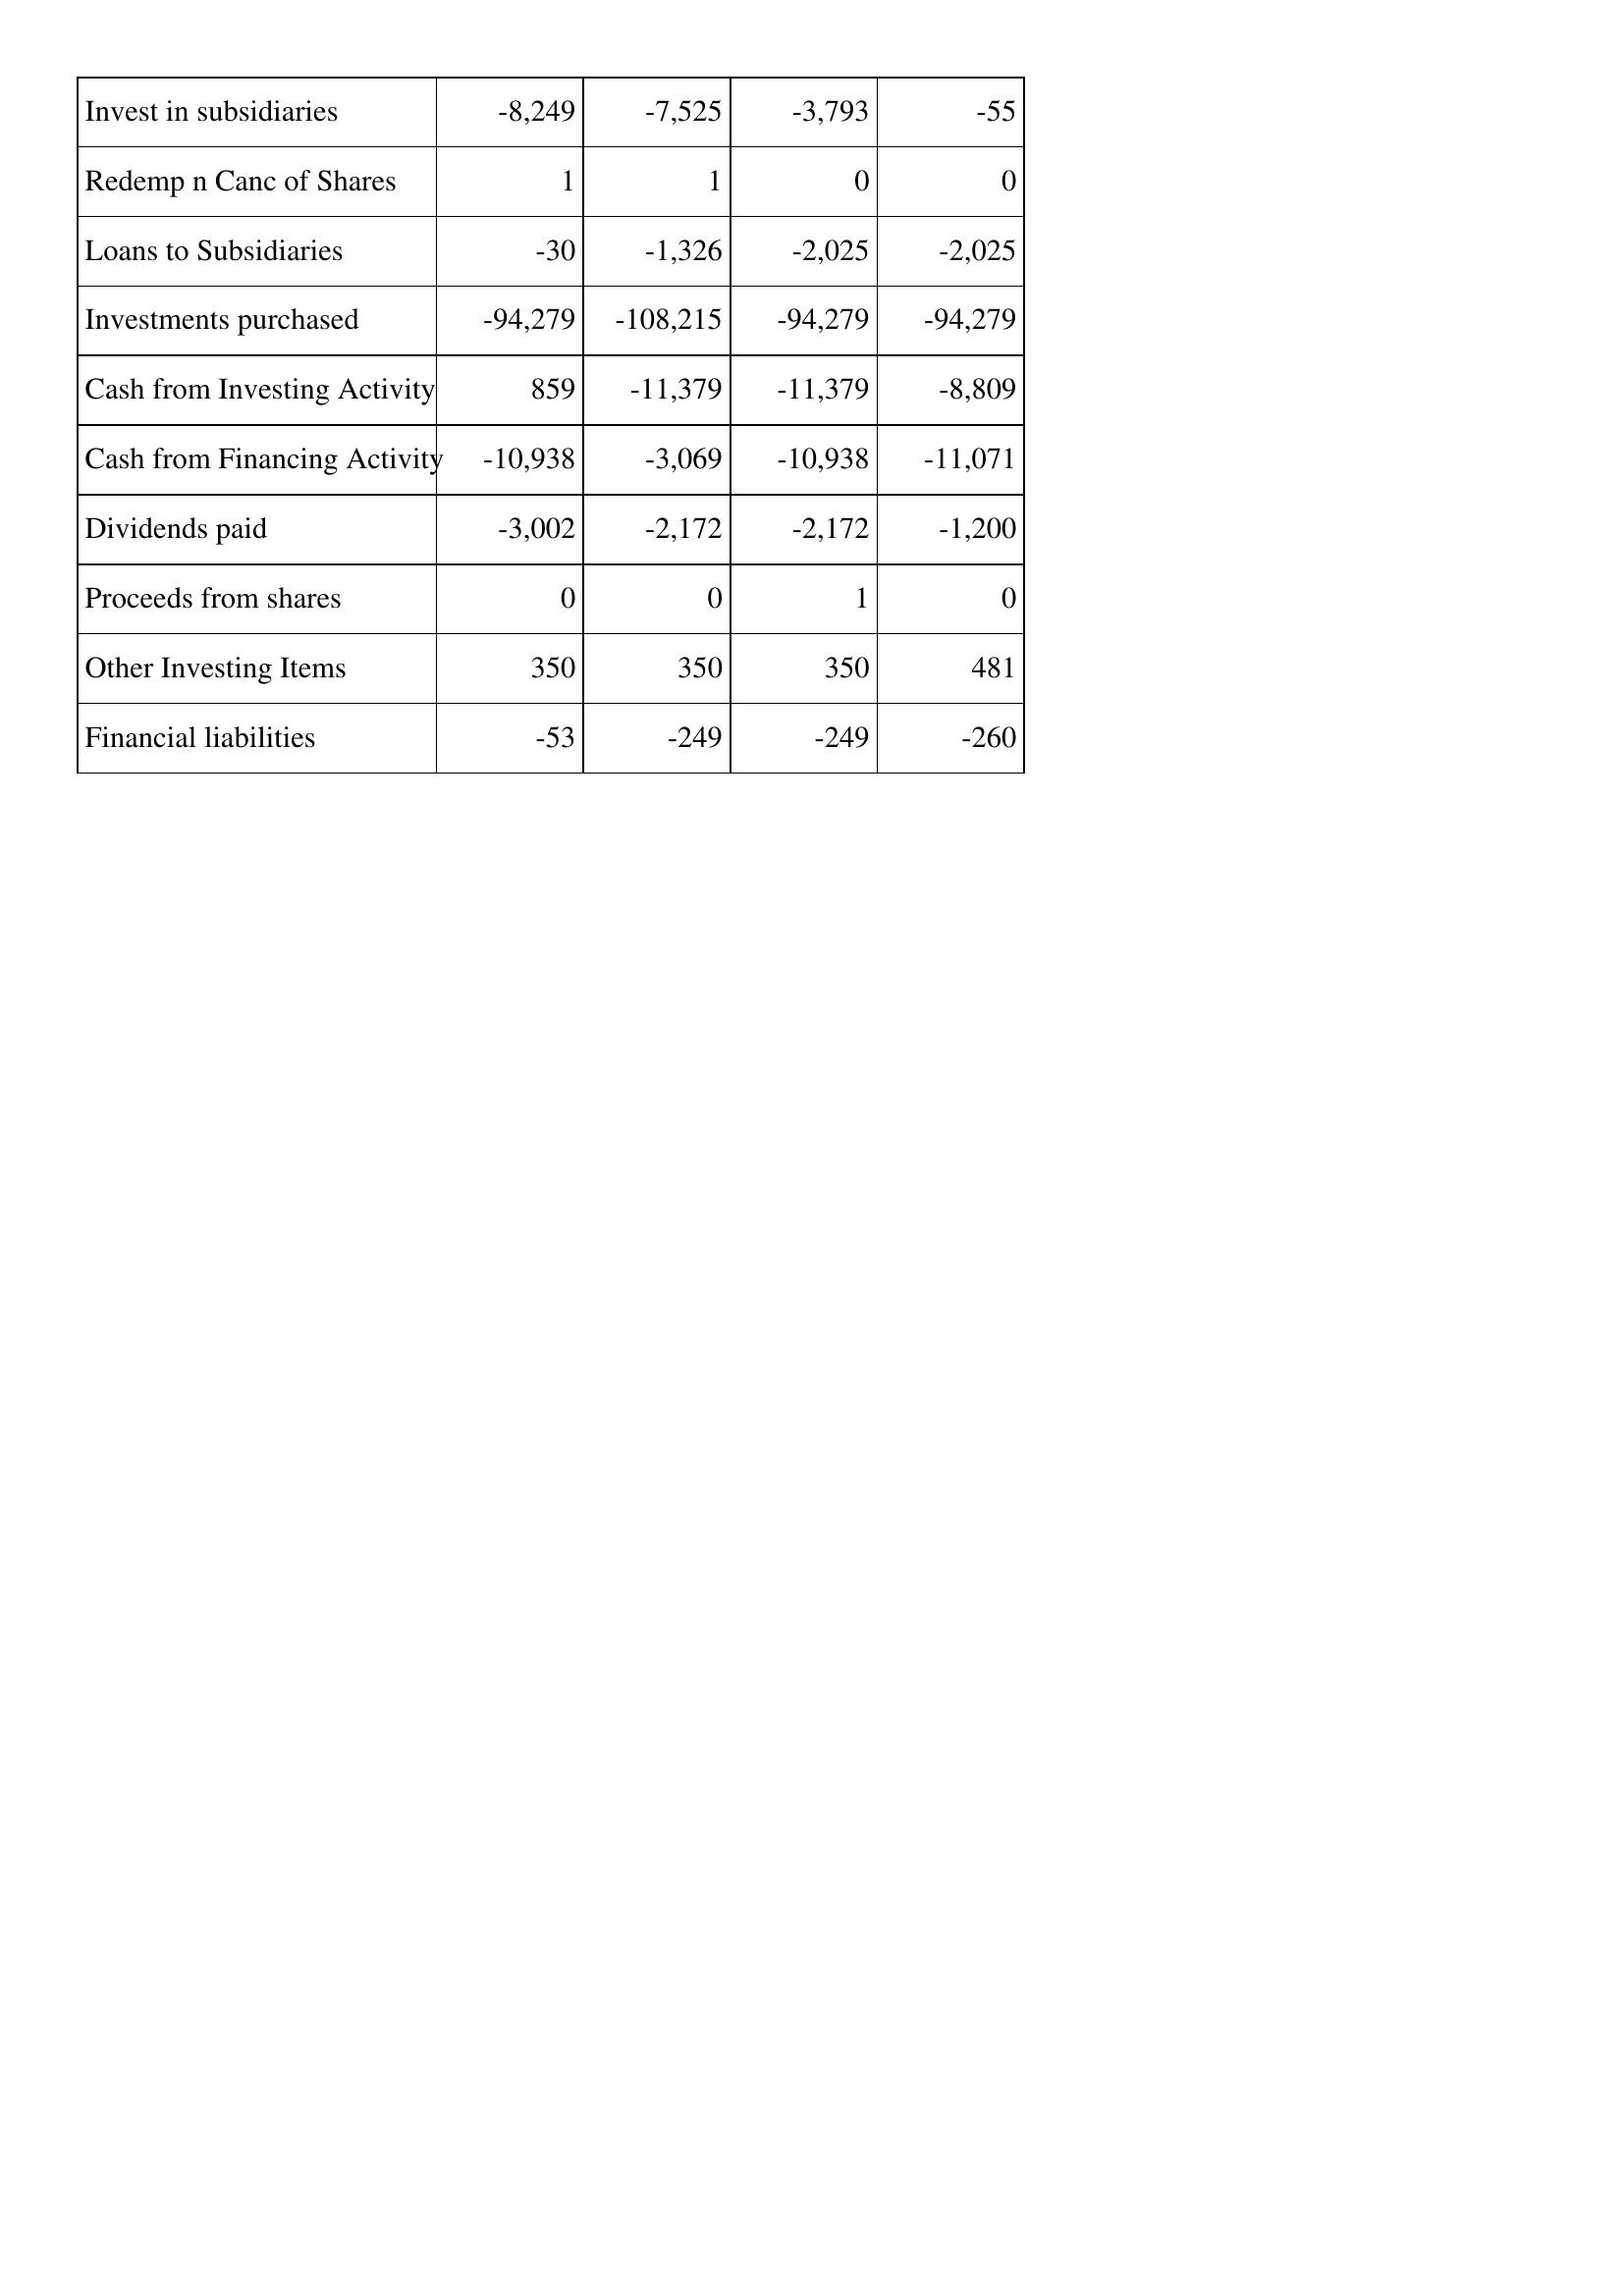
Apr-11: Cash Flows: Invest in subsidiaries: -8,249
Redemp n Canc of Shares: 1
Loans to Subsidiaries: -30
Investments purchased: -94,279
Cash from Investing Activity: 859
Cash from Financing Activity: -10,938
Dividends paid: -3,002
Proceeds from shares: 0
Other Investing Items: 350
Financial liabilities: -53
Apr-10: Cash Flows: Invest in subsidiaries: -7,525
Redemp n Canc of Shares: 1
Loans to Subsidiaries: -1,326
Investments purchased: -108,215
Cash from Investing Activity: -11,379
Cash from Financing Activity: -3,069
Dividends paid: -2,172
Proceeds from shares: 0
Other Investing Items: 350
Financial liabilities: -249
Apr-09: Cash Flows: Invest in subsidiaries: -3,793
Redemp n Canc of Shares: 0
Loans to Subsidiaries: -2,025
Investments purchased: -94,279
Cash from Investing Activity: -11,379
Cash from Financing Activity: -10,938
Dividends paid: -2,172
Proceeds from shares: 1
Other Investing Items: 350
Financial liabilities: -249
Apr-08: Cash Flows: Invest in subsidiaries: -55
Redemp n Canc of Shares: 0
Loans to Subsidiaries: -2,025
Investments purchased: -94,279
Cash from Investing Activity: -8,809
Cash from Financing Activity: -11,071
Dividends paid: -1,200
Proceeds from shares: 0
Other Investing Items: 481
Financial liabilities: -260